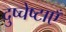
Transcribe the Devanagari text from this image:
दुष्चेष्टाएँ